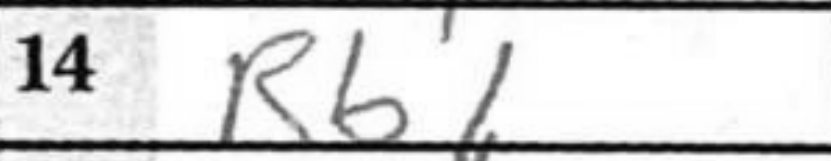
Transcription: Rb1